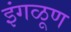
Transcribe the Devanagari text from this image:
इंगळूण